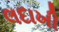
લદાખી